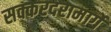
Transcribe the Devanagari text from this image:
सक्करदरामार्गे